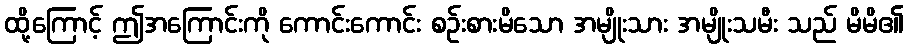
ထို့ကြောင့် ဤအကြောင်းကို ကောင်းကောင်း စဉ်းစားမိသော အမျိုးသား အမျိုးသမီး သည် မိမိ၏